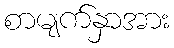
စာမျက်နှာအား